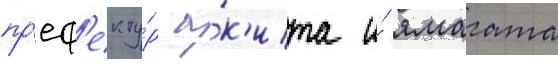
пр'еф'екту́р а́к'ита и́ ямагата